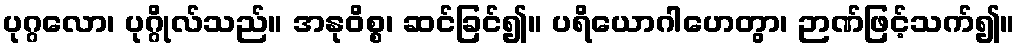
ပုဂ္ဂလော၊ ပုဂ္ဂိုလ်သည်။ အနုဝိစ္စ၊ ဆင်ခြင်၍။ ပရိယောဂါဟေတွာ၊ ဉာဏ်ဖြင့်သက်၍။